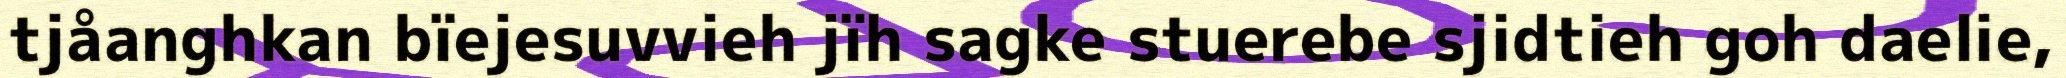
tjåanghkan bïejesuvvieh jïh sagke stuerebe sjidtieh goh daelie,